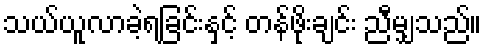
သယ်ယူလာခဲ့ရခြင်းနှင့် တန်ဖိုးချင်း ညီမျှသည်။